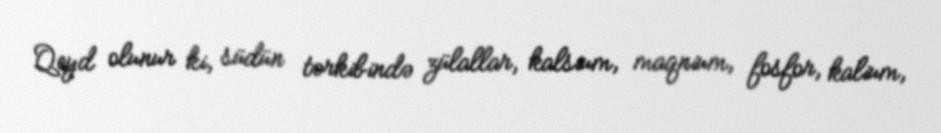
Qeyd olunur ki, südün tərkibində zülallar, kalsium, maqnium, fosfor, kalium,